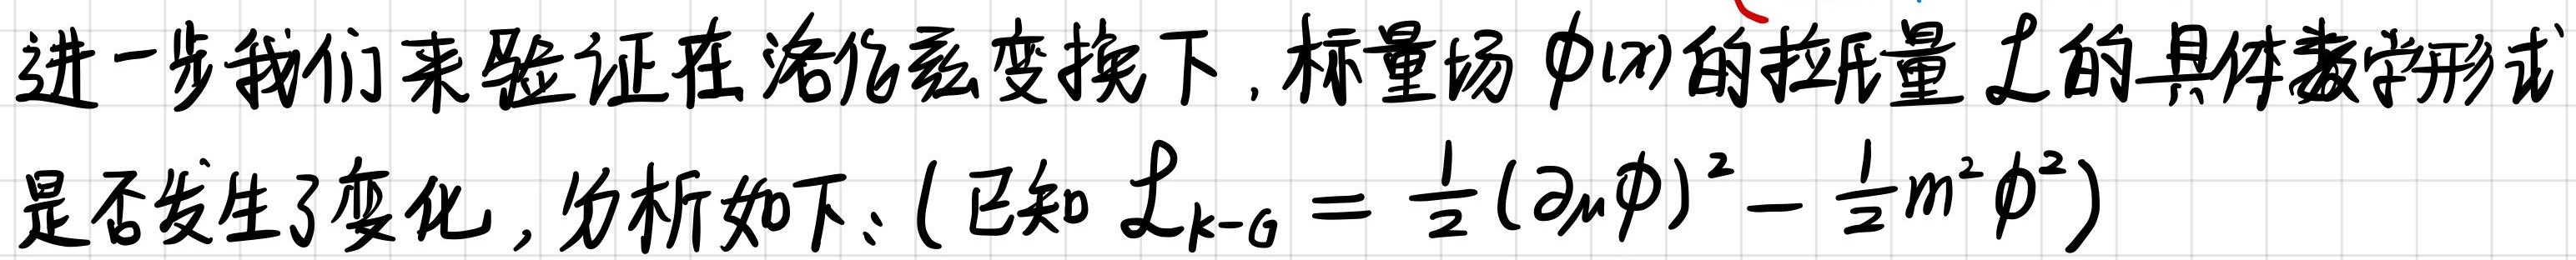
进一步我们来验证在洛伦兹变换下, 标量场 $\phi(x)$ 的拉氏量 $\mathcal{L}$ 的具体数学形式是否发生了变化, 分析如下: (已知 $\mathcal{L}_{k - \mathrm{G}} = \frac{1}{2}(\partial_{\mu}\phi)^2 - \frac{1}{2}m^2\phi^2$)